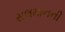
સલમાનની